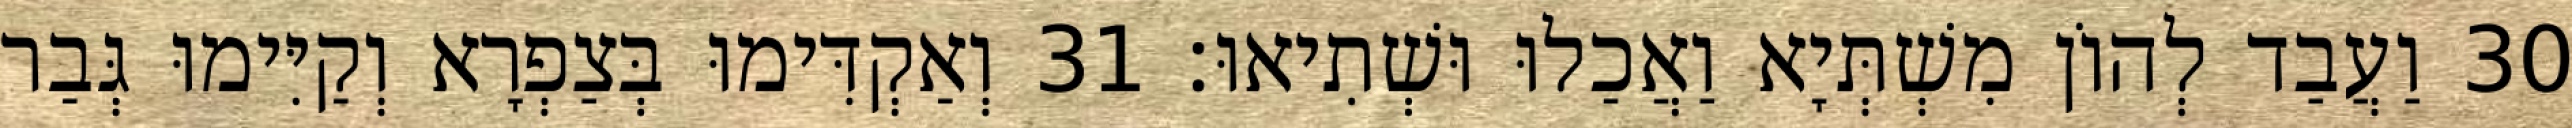
30 וַעֲבַד לְהוֹן מִשְׁתְּיָא וַאֲכַלוּ וּשְׁתִיאוּ׃ 31 וְאַקְדִּימוּ בְּצַפְרָא וְקַיִּימוּ גְּבַר